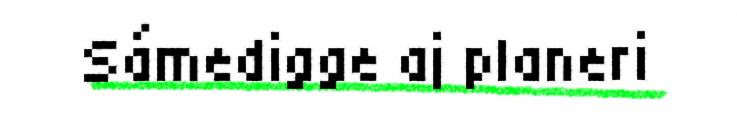
Sámedigge aj planeri